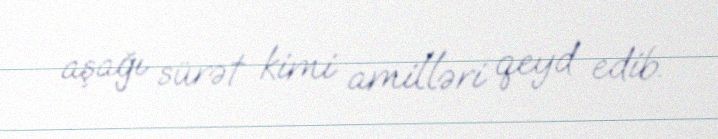
aşağı sürət kimi amilləri qeyd edib.